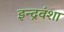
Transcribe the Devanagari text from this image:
इन्द्रवंशा